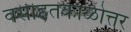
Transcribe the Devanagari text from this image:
वसाहतकाळोत्तर